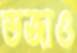
ভজাও